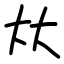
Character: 夶